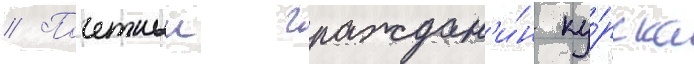
// Почетныи граждан'и́н ку́рска